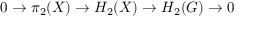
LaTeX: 0 \to \pi _ { 2 } ( X ) \to H _ { 2 } ( X ) \to H _ { 2 } ( G ) \to 0